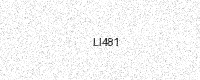
Text: LI481